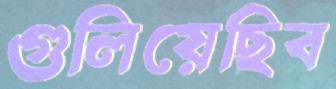
গুলিয়েছিব